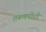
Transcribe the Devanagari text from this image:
तरूणपोटी